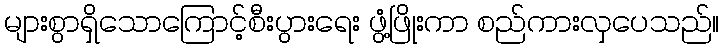
များစွာရှိသောကြောင့်စီးပွားရေး ဖွံ့ဖြိုးကာ စည်ကားလှပေသည်။